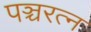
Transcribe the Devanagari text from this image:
पञ्चरत्न